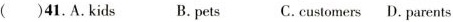
( )41.A.Kids B.pets C.customers D.parents